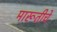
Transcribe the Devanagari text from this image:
मारूतीचे